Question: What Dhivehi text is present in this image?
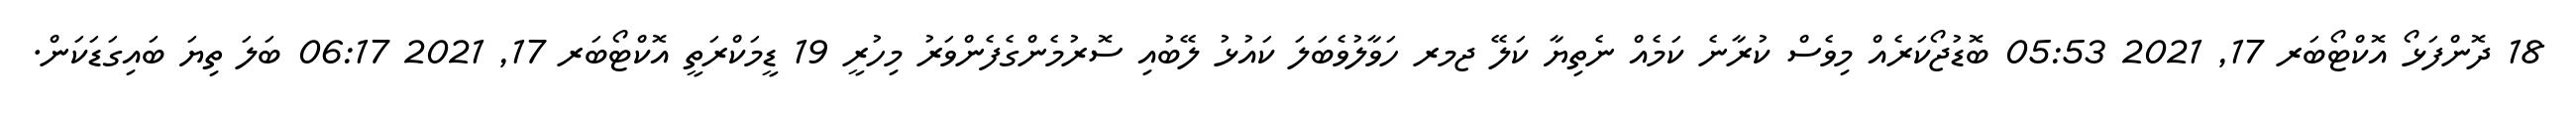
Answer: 18 ދޮންފަޅޯ އޮކްޓޯބަރ 17, 2021 05:53 ބޮޑުޖޯކަރެއް މިވެސް ކުރާނެ ކަމެއް ނެތިޔާ ކަލޭ ޖމރ ހަވާލުވެބަލަ ކައުޅު ލޭބުއި ސޮރުމެންގެފެންވަރު މިހުރީ 19 ޑީމަކްރަތީ އޮކްޓޯބަރ 17, 2021 06:17 ބަލަ ތިޔަ ބައިގަޑަކަން.